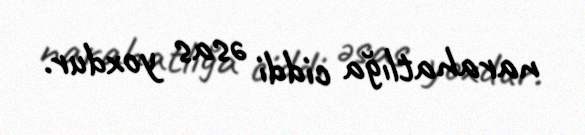
narahatlığa ciddi əsas yoxdur.